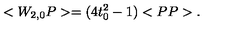
< W _ { 2 , 0 } P > = ( 4 t _ { 0 } ^ { 2 } - 1 ) < P P > .